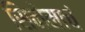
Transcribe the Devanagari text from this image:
सिनेमाचं